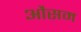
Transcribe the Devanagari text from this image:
औसम